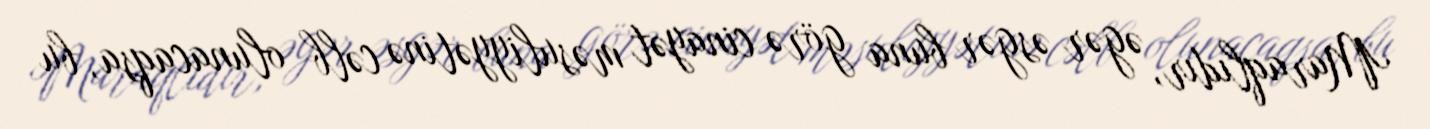
Maraqlıdır, əgər əsgər buna görə cinayət məsuliyyətinə cəlb olunacaqsa, bu